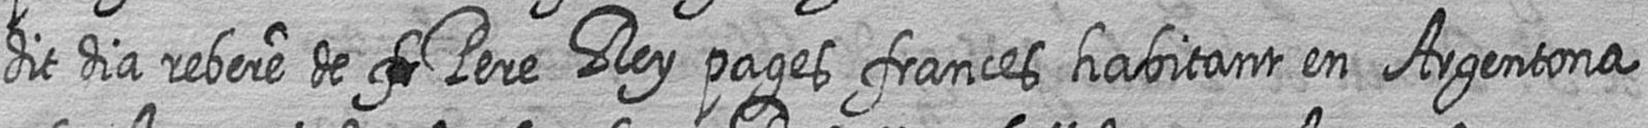
dit dia rebere de # Pere Rey pages frances habitant en Argentona